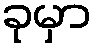
ခုမှာ